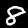
Label: 8